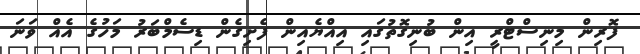
ފޮރިން މިނިސްޓްރީ އިން ބުނިގޮތުގައި އިއްޔެއިން ފެށިގެން ޑިސެމްބަރު މަހުގެ އެއް ވަނަ